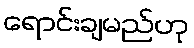
ရောင်းချမည်ဟု